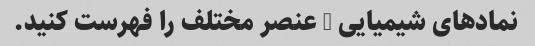
نمادهای شیمیایی 5 عنصر مختلف را فهرست کنید.